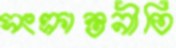
সংক্রান্তনীতি